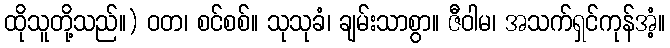
ထိုသူတို့သည်။) ဝတ၊ စင်စစ်။ သုသုခံ၊ ချမ်းသာစွာ။ ဇီဝါမ၊ အသက်ရှင်ကုန်အံ့။